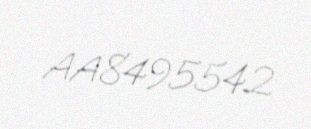
AA8495542